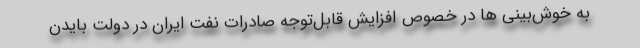
به خوش‌بینی ها در خصوص افزایش قابل‌توجه صادرات نفت ایران در دولت بایدن